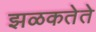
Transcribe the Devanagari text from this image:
झळकतेते